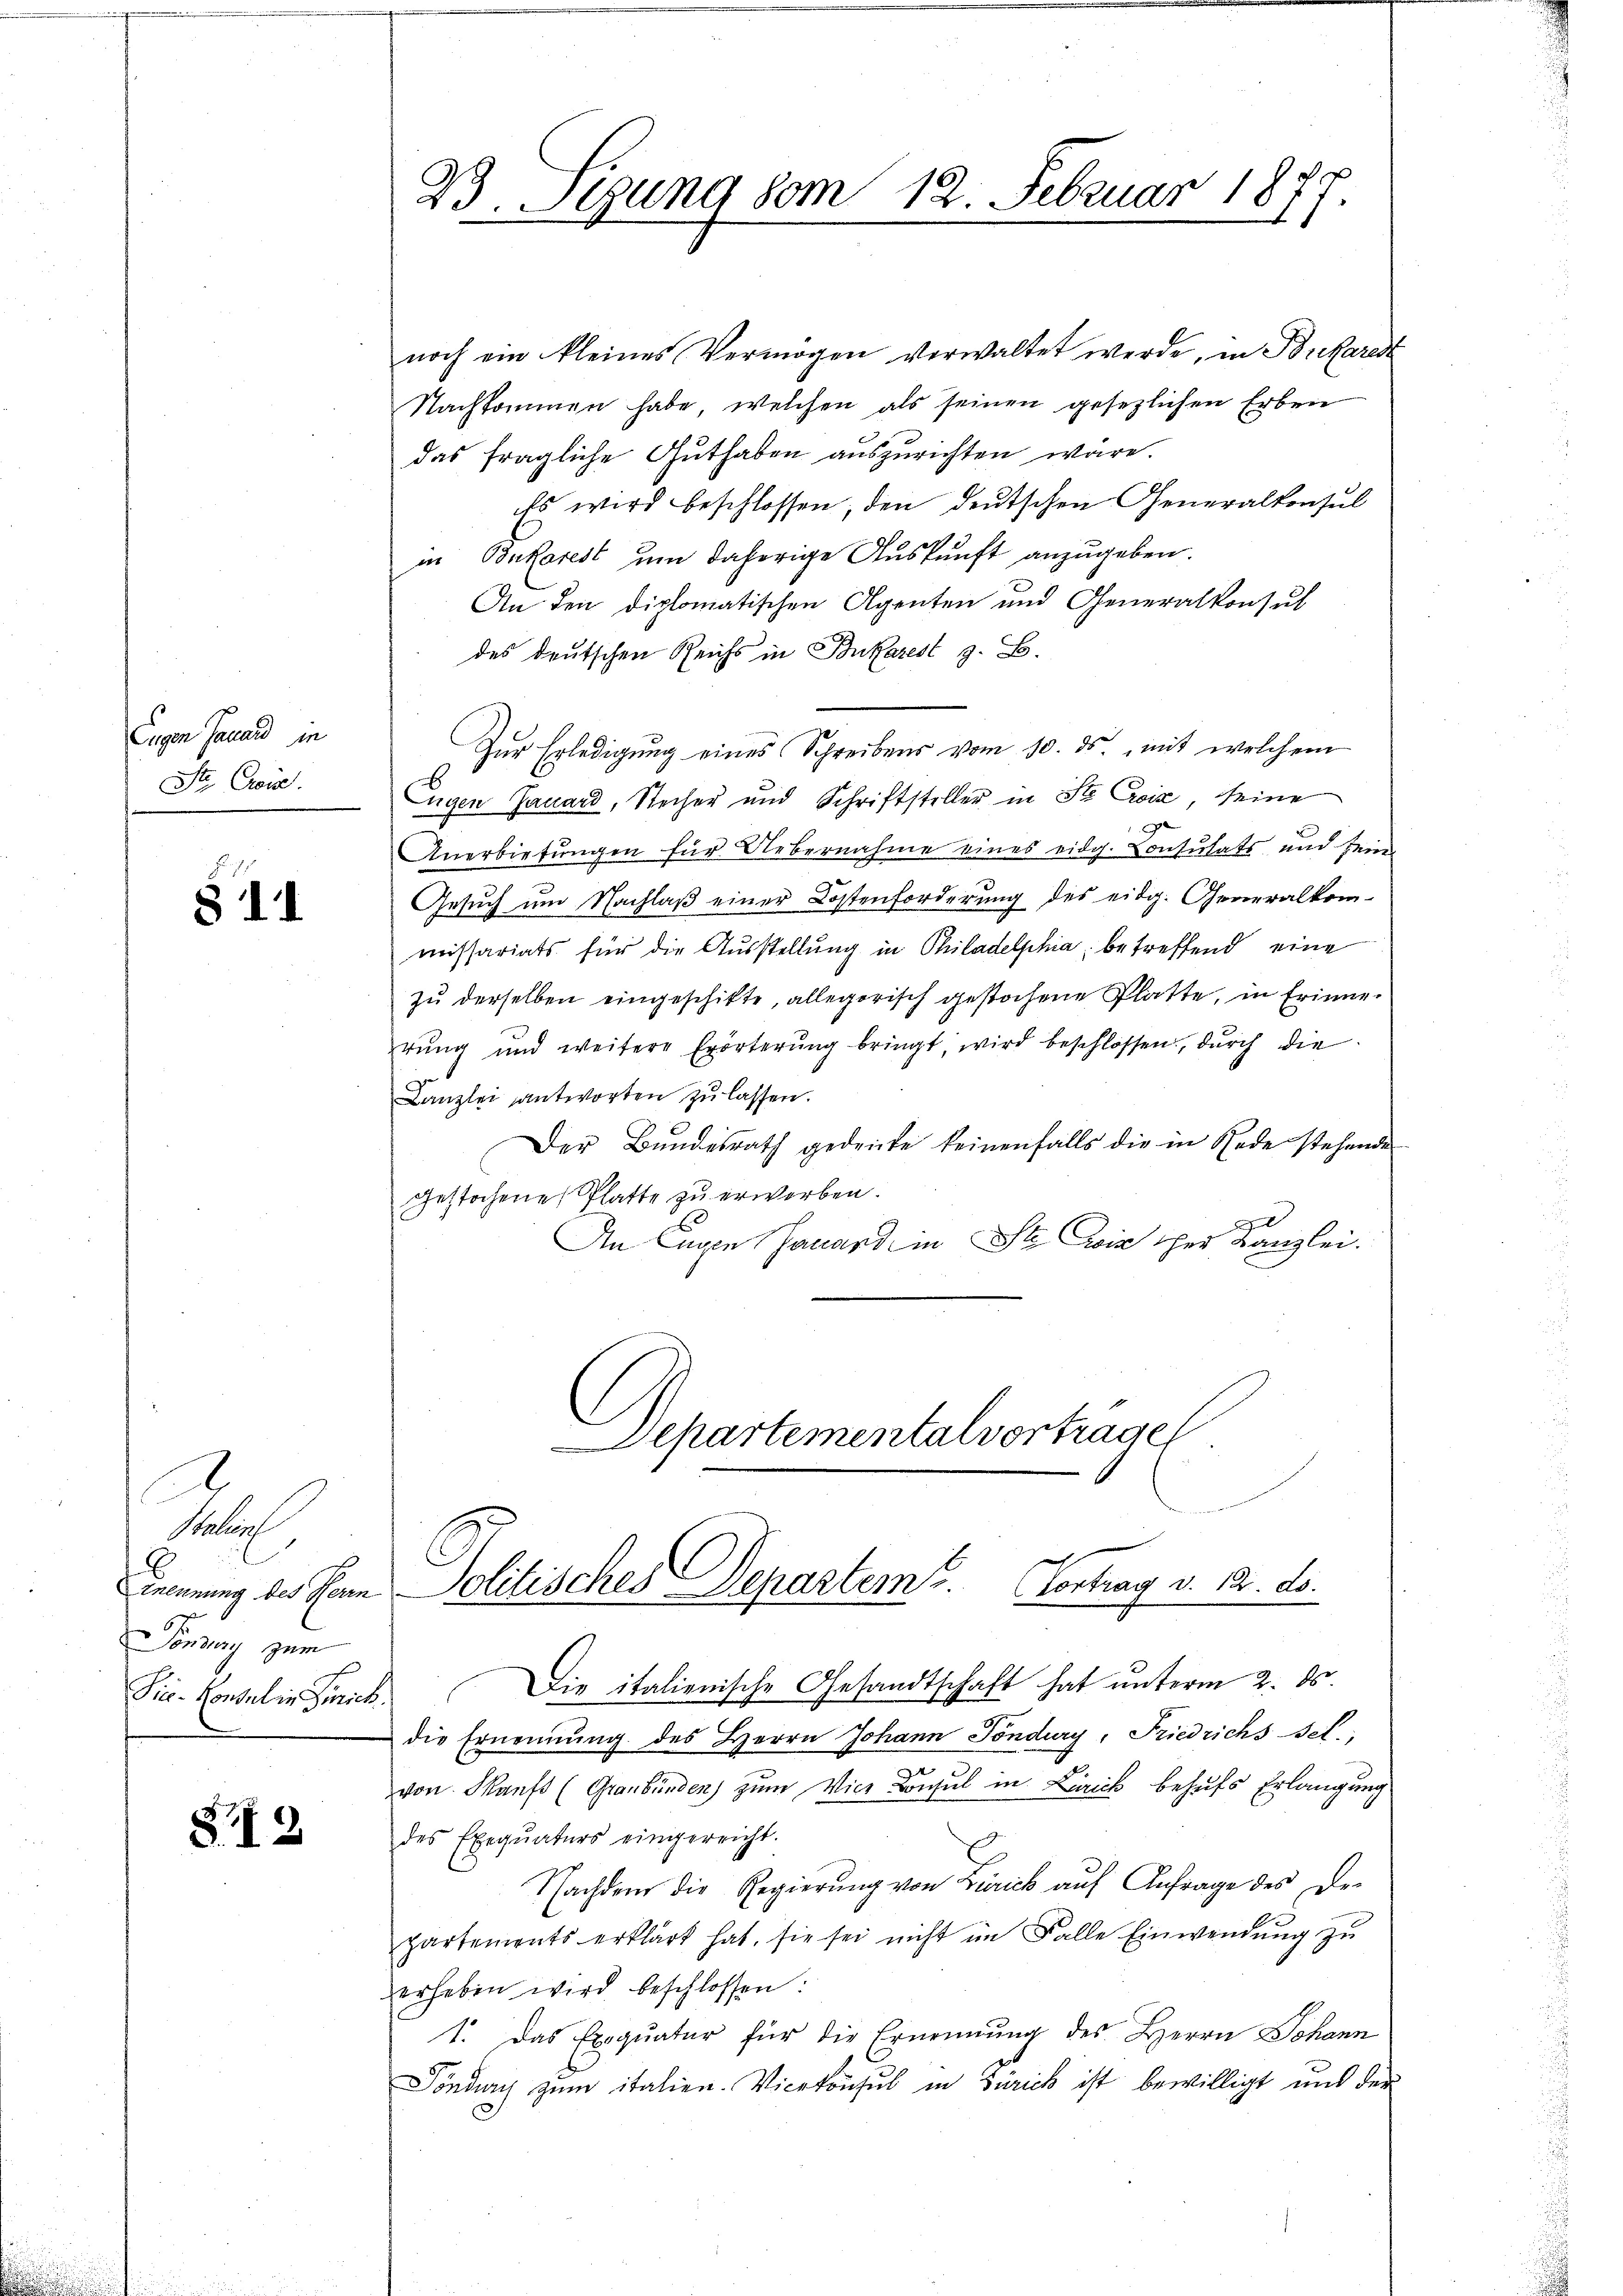
Eugen Jauand in
Str. Cois.

811

Naters
onung zum

873

23. Segung vom 12. Februar 18

noch ein kleines Vermögen verwaltet werde, in Buefared
Nachkommen habe, welchen als seinen gesezlichen Erben
das fragliche Guthaben auszurichten wäre.
Es wird beschlossen, den deutschen Generalkonsul
in Bukorest um daherige Auskunft anzugeben.
An den diplomatischen Agenten und Generalkonsul
des deutschen Reichs in Bukazest z. B.
Zur Erledigung eines Schreibens vom 10. ds. mit welchem
Eugen Gauard, Stecher und Schriftsteller in Ste Croix, seine
Anerbietungen für Uebernahme eines eidg. Consulats und sein
Gesuch um Nachlaß einer Kostenforderung des eidg. Generalkom-
missariats für die Ausstellung in Philadelphia, betreffend eine
zŭ derselben eingeschikte, allegorisch gestochene Platte, in Erinner
rŭng und weitere Erörterŭng bringt, wird beschlossen, durch die
Canzlei antworten zu lassen.
Der Bundesrath gedeute keinenfalls die in Rede stehende
gestochene Platte zu erworben.
An Eugen Jauard in St. wir her Kanzlei.
Separtementalvortrage
Einennung des Senn Politisches Departeme. Vortrag v. 12. ds.
Sie-Konsul in Zürich. Die italienische Gesandtschaft hat unterm 2. ds.
die Ernennung des Herrn Johann Töndury, Friedrichs sel.,
von Skaufs (Graubünden) zum Vice Consul in Zürich behufs Erlangung
des Exequaturs eingereicht.
Nachdem die Regierŭng von Zürich aŭf Anfrage des De-
partements erklärt hat, sie sei nicht im Falle Einwendŭng zŭ
erheben wird beschlossen:
1. Das Exequatur für die Ernennung des Herrn Johann
Töndury zum italien. Vicekonsul in Zürick ist bewilligt und der